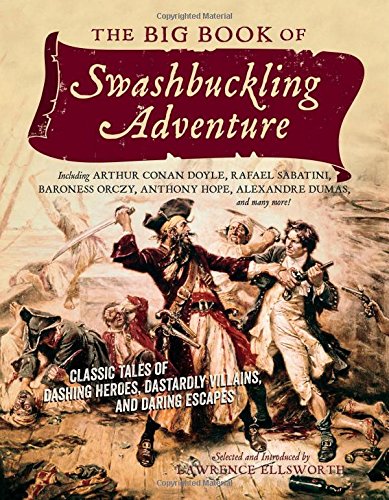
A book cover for The Big Book of Swashbuckling Adventure: Classic Tales of Dashing Heroes, Dastardly Villains, and Daring Escapes; Lawrence Ellsworth; Literature & Fiction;